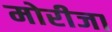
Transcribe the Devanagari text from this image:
मोरीजा